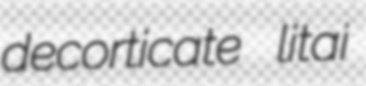
decorticate litai